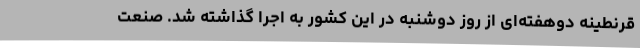
قرنطینه دوهفته‌ای از روز دوشنبه در این کشور به اجرا گذاشته شد. صنعت